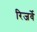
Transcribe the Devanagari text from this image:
रिजर्वे